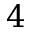
4